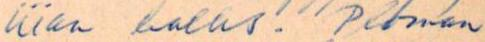
liian kallis. Ploman